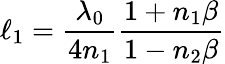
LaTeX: \ell_{1}=\frac{\lambda_{0}}{4n_{1}}\frac{1+n_{1}\beta}{1-n_{2}\beta}